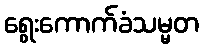
ရွေးကောက်ခံသမ္မတ